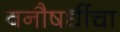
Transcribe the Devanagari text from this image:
वनौषधींचा